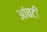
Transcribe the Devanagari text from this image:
आंबटी